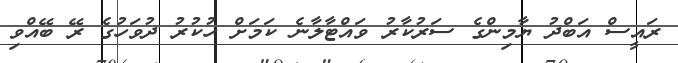
ރައީސް އަބްދު ޔާމިންގެ ސަރުކާރު ވައްޓާލާނެ ކަމަށް ހުކުރު ދުވަހުގެ ރޭ ބޭއްވި